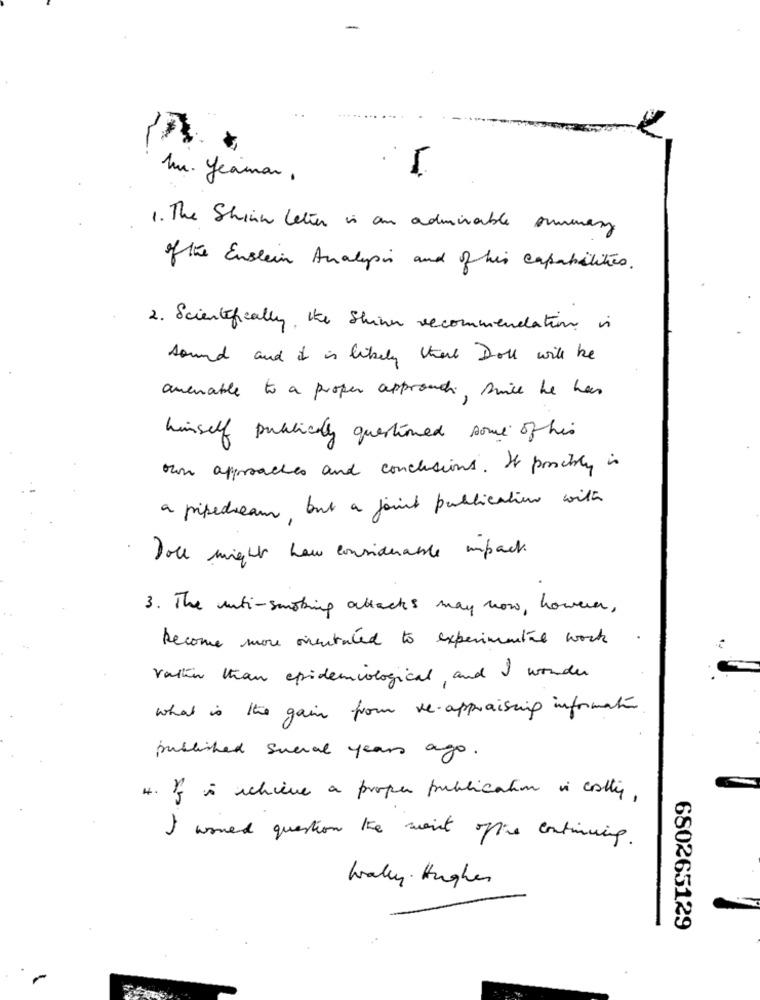
-
Mr. Yeaman ,
1 . The Shinn letter is an admirable summary
of the Enstein Analysis and of his capabilities.
2. Scientifically, Ite Shinn recommendation is
sound and it is likely there Doll will be
amenable to a proper approach, swice he has
himself publically questioned some of his
the approaches and conclusions. It pocity in
a pipedream, but a joint publication with
Doll might haw considerable impact.
3. The anti-smoking attacks may now, however,
become more onentated to experimentil work
Vallin than epidemiological, and I wonder
what is the gain from ve.appraising information
published sucral years ago.
4. I is achieve a proper publication vi colly,
I womed question the waist office continuing.
Wally. Hughes
680265129